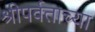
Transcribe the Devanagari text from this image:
श्रीपर्वताच्या